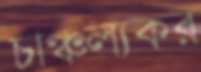
চাঞ্চল্যকর